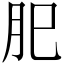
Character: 𦘺